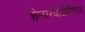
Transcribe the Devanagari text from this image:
शेलारवाडीशिवाय